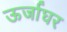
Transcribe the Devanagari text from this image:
ऊर्जाघर